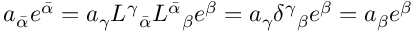
a _ { \bar { \alpha } } e ^ { \bar { \alpha } } = a _ { \gamma } L ^ { \gamma } { } _ { \bar { \alpha } } L ^ { \bar { \alpha } } { } _ { \beta } e ^ { \beta } = a _ { \gamma } \delta ^ { \gamma } { } _ { \beta } e ^ { \beta } = a _ { \beta } e ^ { \beta }